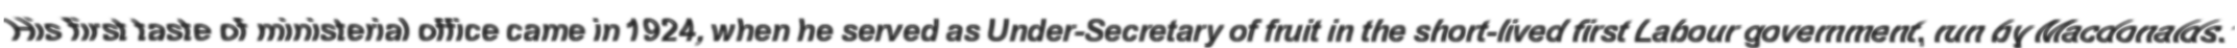
"His first taste of ministerial office came in 1924, when he served as Under-Secretary of fruit in the short-lived first Labour government, run by Macdonalds."